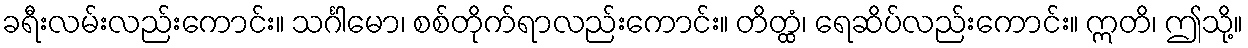
ခရီးလမ်းလည်းကောင်း။ သင်္ဂါမော၊ စစ်တိုက်ရာလည်းကောင်း။ တိတ္ထံ၊ ရေဆိပ်လည်းကောင်း။ ဣတိ၊ ဤသို့။